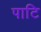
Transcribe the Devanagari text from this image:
पाटि